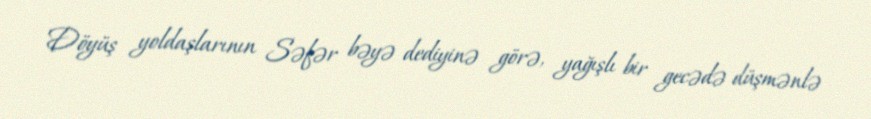
Döyüş yoldaşlarının Səfər bəyə dediyinə görə, yağışlı bir gecədə düşmənlə